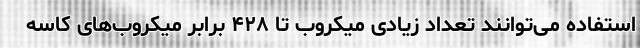
استفاده می‌توانند تعداد زیادی میکروب تا ۴۲۸ برابر میکروب‌های کاسه